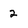
Character: 2